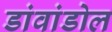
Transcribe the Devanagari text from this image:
डांवांडोल